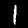
Label: 1